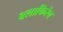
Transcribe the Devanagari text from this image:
बलाकिरेव